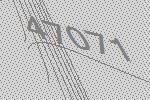
47071